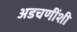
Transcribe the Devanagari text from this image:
अडचणींशी